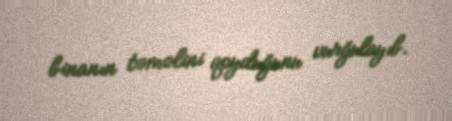
binanın təməlini qoyduğunu vurğulayıb.